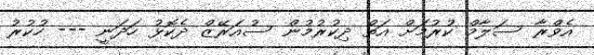
އެވްރާ ސަލާމް ކުރުމަށް އަތް ދިކުރުމުން ސުއަރޭޒް ދެކޮޅު ހަދަނީ --- ހުކުރު